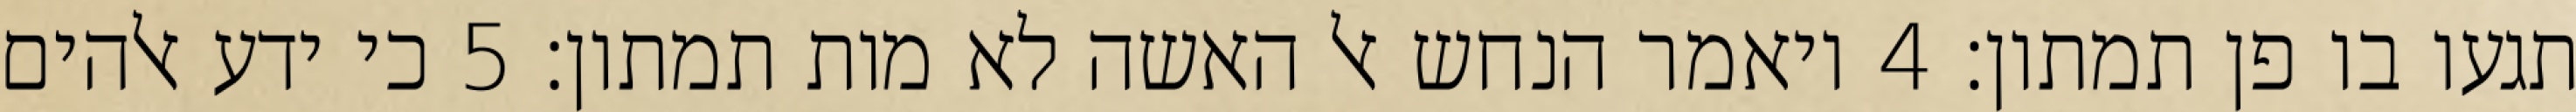
תגעו בו פן תמתון׃ ‎4‏ ויאמר הנחש אל האשה לא מות תמתון׃ ‎5‏ כי ידע אלהים